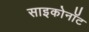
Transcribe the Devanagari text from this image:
साइकोनॉट